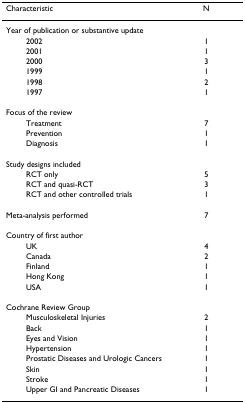
<table><thead><tr><td><b>Characteristic</b></td><td><b>N</b></td></tr></thead><tbody><tr><td>Year of publication or substantive update</td><td></td></tr><tr><td>2002</td><td>1</td></tr><tr><td>2001</td><td>1</td></tr><tr><td>2000</td><td>3</td></tr><tr><td>1999</td><td>1</td></tr><tr><td>1998</td><td>2</td></tr><tr><td>1997</td><td>1</td></tr><tr><td>Focus of the review</td><td></td></tr><tr><td>Treatment</td><td>7</td></tr><tr><td>Prevention</td><td>1</td></tr><tr><td>Diagnosis</td><td>1</td></tr><tr><td>Study designs included</td><td></td></tr><tr><td>RCT only</td><td>5</td></tr><tr><td>RCT and quasi-RCT</td><td>3</td></tr><tr><td>RCT and other controlled trials</td><td>1</td></tr><tr><td>Meta-analysis performed</td><td>7</td></tr><tr><td>Country of first author</td><td></td></tr><tr><td>UK</td><td>4</td></tr><tr><td>Canada</td><td>2</td></tr><tr><td>Finland</td><td>1</td></tr><tr><td>Hong Kong</td><td>1</td></tr><tr><td>USA</td><td>1</td></tr><tr><td>Cochrane Review Group</td><td></td></tr><tr><td>Musculoskeletal Injuries</td><td>2</td></tr><tr><td>Back</td><td>1</td></tr><tr><td>Eyes and Vision</td><td>1</td></tr><tr><td>Hypertension</td><td>1</td></tr><tr><td>Prostatic Diseases and Urologic Cancers</td><td>1</td></tr><tr><td>Skin</td><td>1</td></tr><tr><td>Stroke</td><td>1</td></tr><tr><td>Upper GI and Pancreatic Diseases</td><td>1</td></tr></tbody></table>